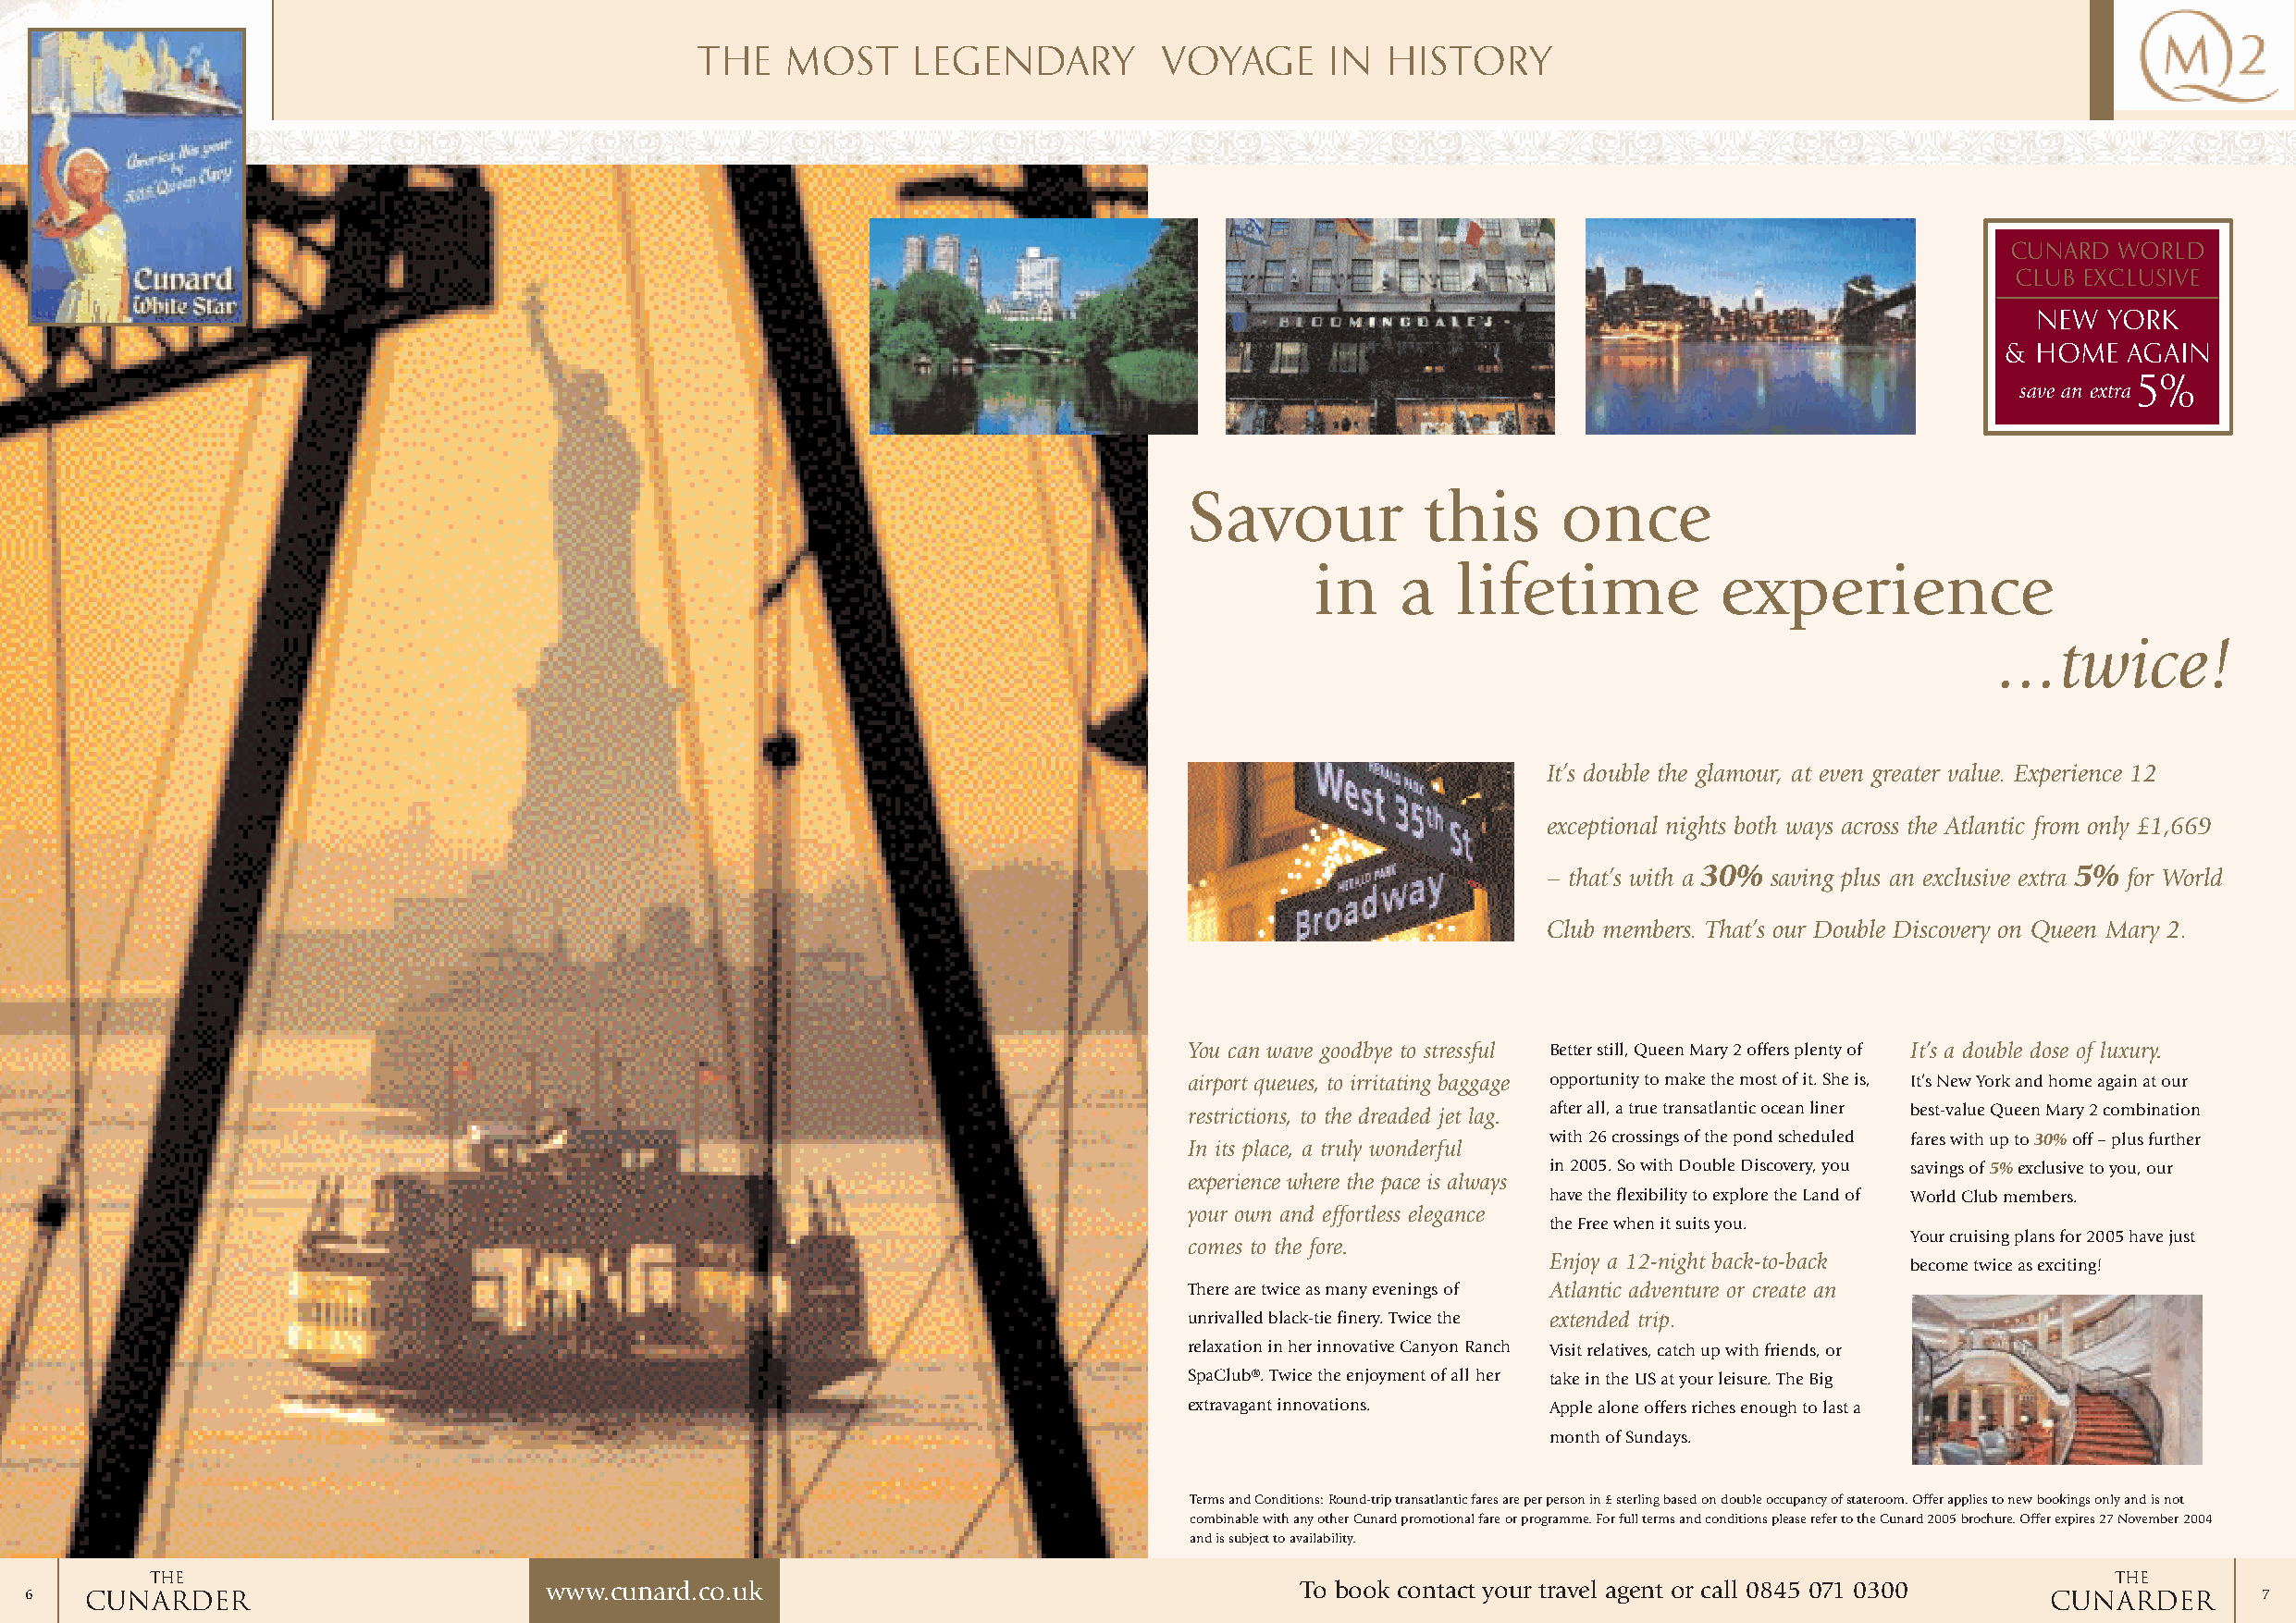
the   most     legendary         voyage      in  history
 Cunard  world
 club exclusive
 NEW  york
 &  Home  again
 5%
 save an extra
 Savour           this      once
 in    a   lifetime           experience
 ...twice!
 It’s double the glamour, at even greater value. Experience 12
 exceptional nights both ways across the Atlantic from only £1,669
 – that’s with a 30% saving plus an exclusive extra 5% for World
 Club members. That’s our Double Discovery on Queen Mary 2.
 You can wave goodbye to stressful Better still, Queen Mary 2 offers plenty of It’s a double dose of luxury.
 airport queues, to irritating baggage opportunity to make the most of it. She is, It’s New York and home again at our
 restrictions, to the dreaded jet lag. after all, a true transatlantic ocean liner best-value Queen Mary 2 combination
 with 26 crossings of the pond scheduled fares with up to 30%off – plus further
 In its place, a truly wonderful
 in 2005. So with Double Discovery, you savings of 5%exclusive to you, our
 experience where the pace is always
 have the flexibility to explore the Land of World Club members.
 your own and effortless elegance
 the Free when it suits you.
 Your cruising plans for 2005 have just
 comes to the fore.
 Enjoy a 12-night back-to-back
 become twice as exciting!
 There are twice as many evenings of Atlantic adventure or create an
 unrivalled black-tie finery. Twice the extended trip.
 relaxation in her innovative Canyon Ranch Visit relatives, catch up with friends, or
 SpaClub®. Twice the enjoyment of all her take in the US at your leisure. The Big
 extravagant innovations.  Apple alone offers riches enough to last a
 month of Sundays.
 Terms and Conditions: Round-trip transatlantic fares are per person in £ sterling based on double occupancy of stateroom. Offer applies to new bookings only and is not
 combinable with any other Cunard promotional fare or programme. For full terms and conditions please refer to the Cunard 2005 brochure. Offer expires 27 November 2004
 and is subject to availability.
 THE                                                                                                                                         THE
 6   CUNARDER                         www.cunard.co.uk                                      To book contact your travel agent or call 0845 071 0300 CUNARDER     7